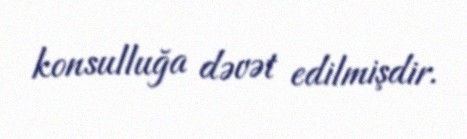
konsulluğa dəvət edilmişdir.